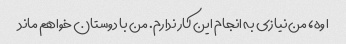
اوه، من نیازی به انجام این کار ندارم. من با دوستان خواهم ماند